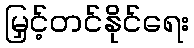
မြှင့်တင်နိုင်ရေး